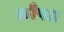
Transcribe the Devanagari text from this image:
काँपा।